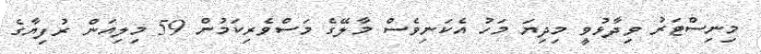
މިނިސްޓަރު ވިދާޅުވީ މިދިޔަ މަހު އެކަނިވެސް މާލޭގެ މަސްވެރިކަމުން 59 މިލިއަން ރުފިޔާގެ